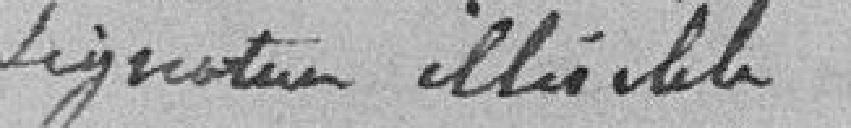
signature illisible